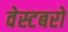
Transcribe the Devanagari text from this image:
वेस्टबरो